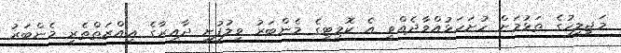
މަޖިލީހުގެ ތަޅުމަށް ހުށަހަޅުއްވާދެއްވީ އެ ކޮމިޓީގެ މެންބަރު ވިލުފުށީ ދާއިރާގެ ޢިއްޒަތްތެރި މެންބަރު